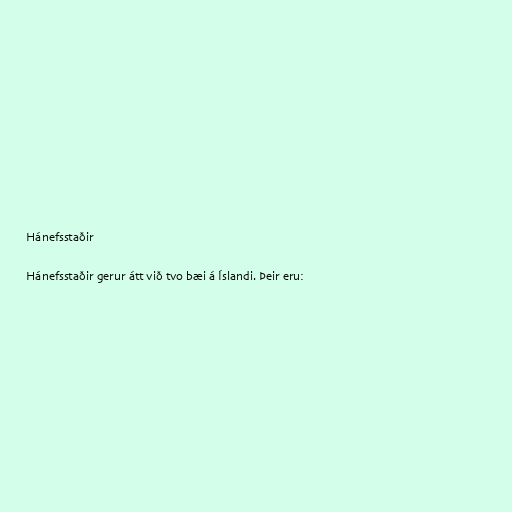
Hánefsstaðir

Hánefsstaðir gerur átt við tvo bæi á Íslandi. Þeir eru: